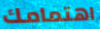
اهتمامك